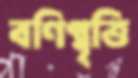
বণিগ্বৃত্তি